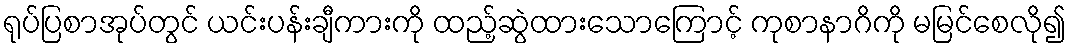
ရုပ်ပြစာအုပ်တွင် ယင်းပန်းချီကားကို ထည့်ဆွဲထားသောကြောင့် ကုစာနာဂိကို မမြင်စေလို၍